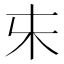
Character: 𰗐